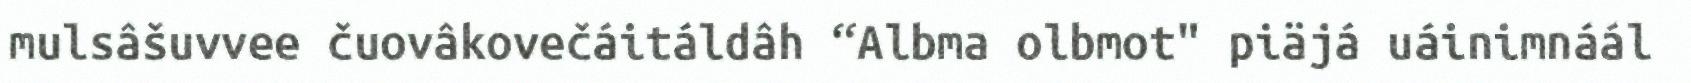
mulsâšuvvee čuovâkovečáitáldâh “Albma olbmot" piäjá uáinimnáál